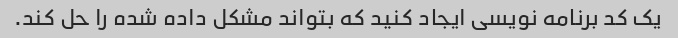
یک کد برنامه نویسی ایجاد کنید که بتواند مشکل داده شده را حل کند.